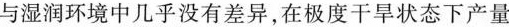
与湿润环境中几乎没有差异，在极度干旱状态下产量